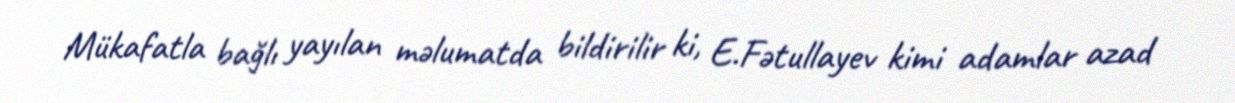
Mükafatla bağlı yayılan məlumatda bildirilir ki, E.Fətullayev kimi adamlar azad